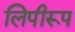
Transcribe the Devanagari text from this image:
लिपीरूप